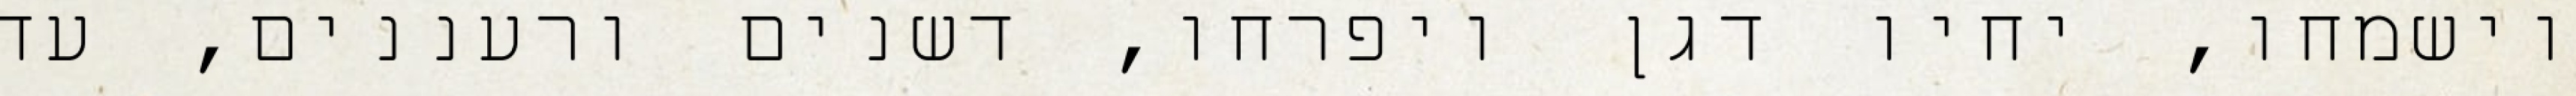
וישמחו, יחיו דגן ויפרחו, דשנים ורעננים, עד